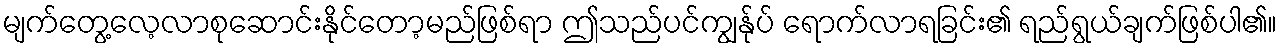
မျက်တွေ့လေ့လာစုဆောင်းနိုင်တော့မည်ဖြစ်ရာ ဤသည်ပင်ကျွန်ုပ် ရောက်လာရခြင်း၏ ရည်ရွယ်ချက်ဖြစ်ပါ၏။